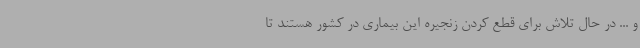
و ... در حال تلاش برای قطع کردن زنجیره این بیماری در کشور هستند تا